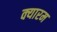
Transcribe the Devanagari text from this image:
क्यारम